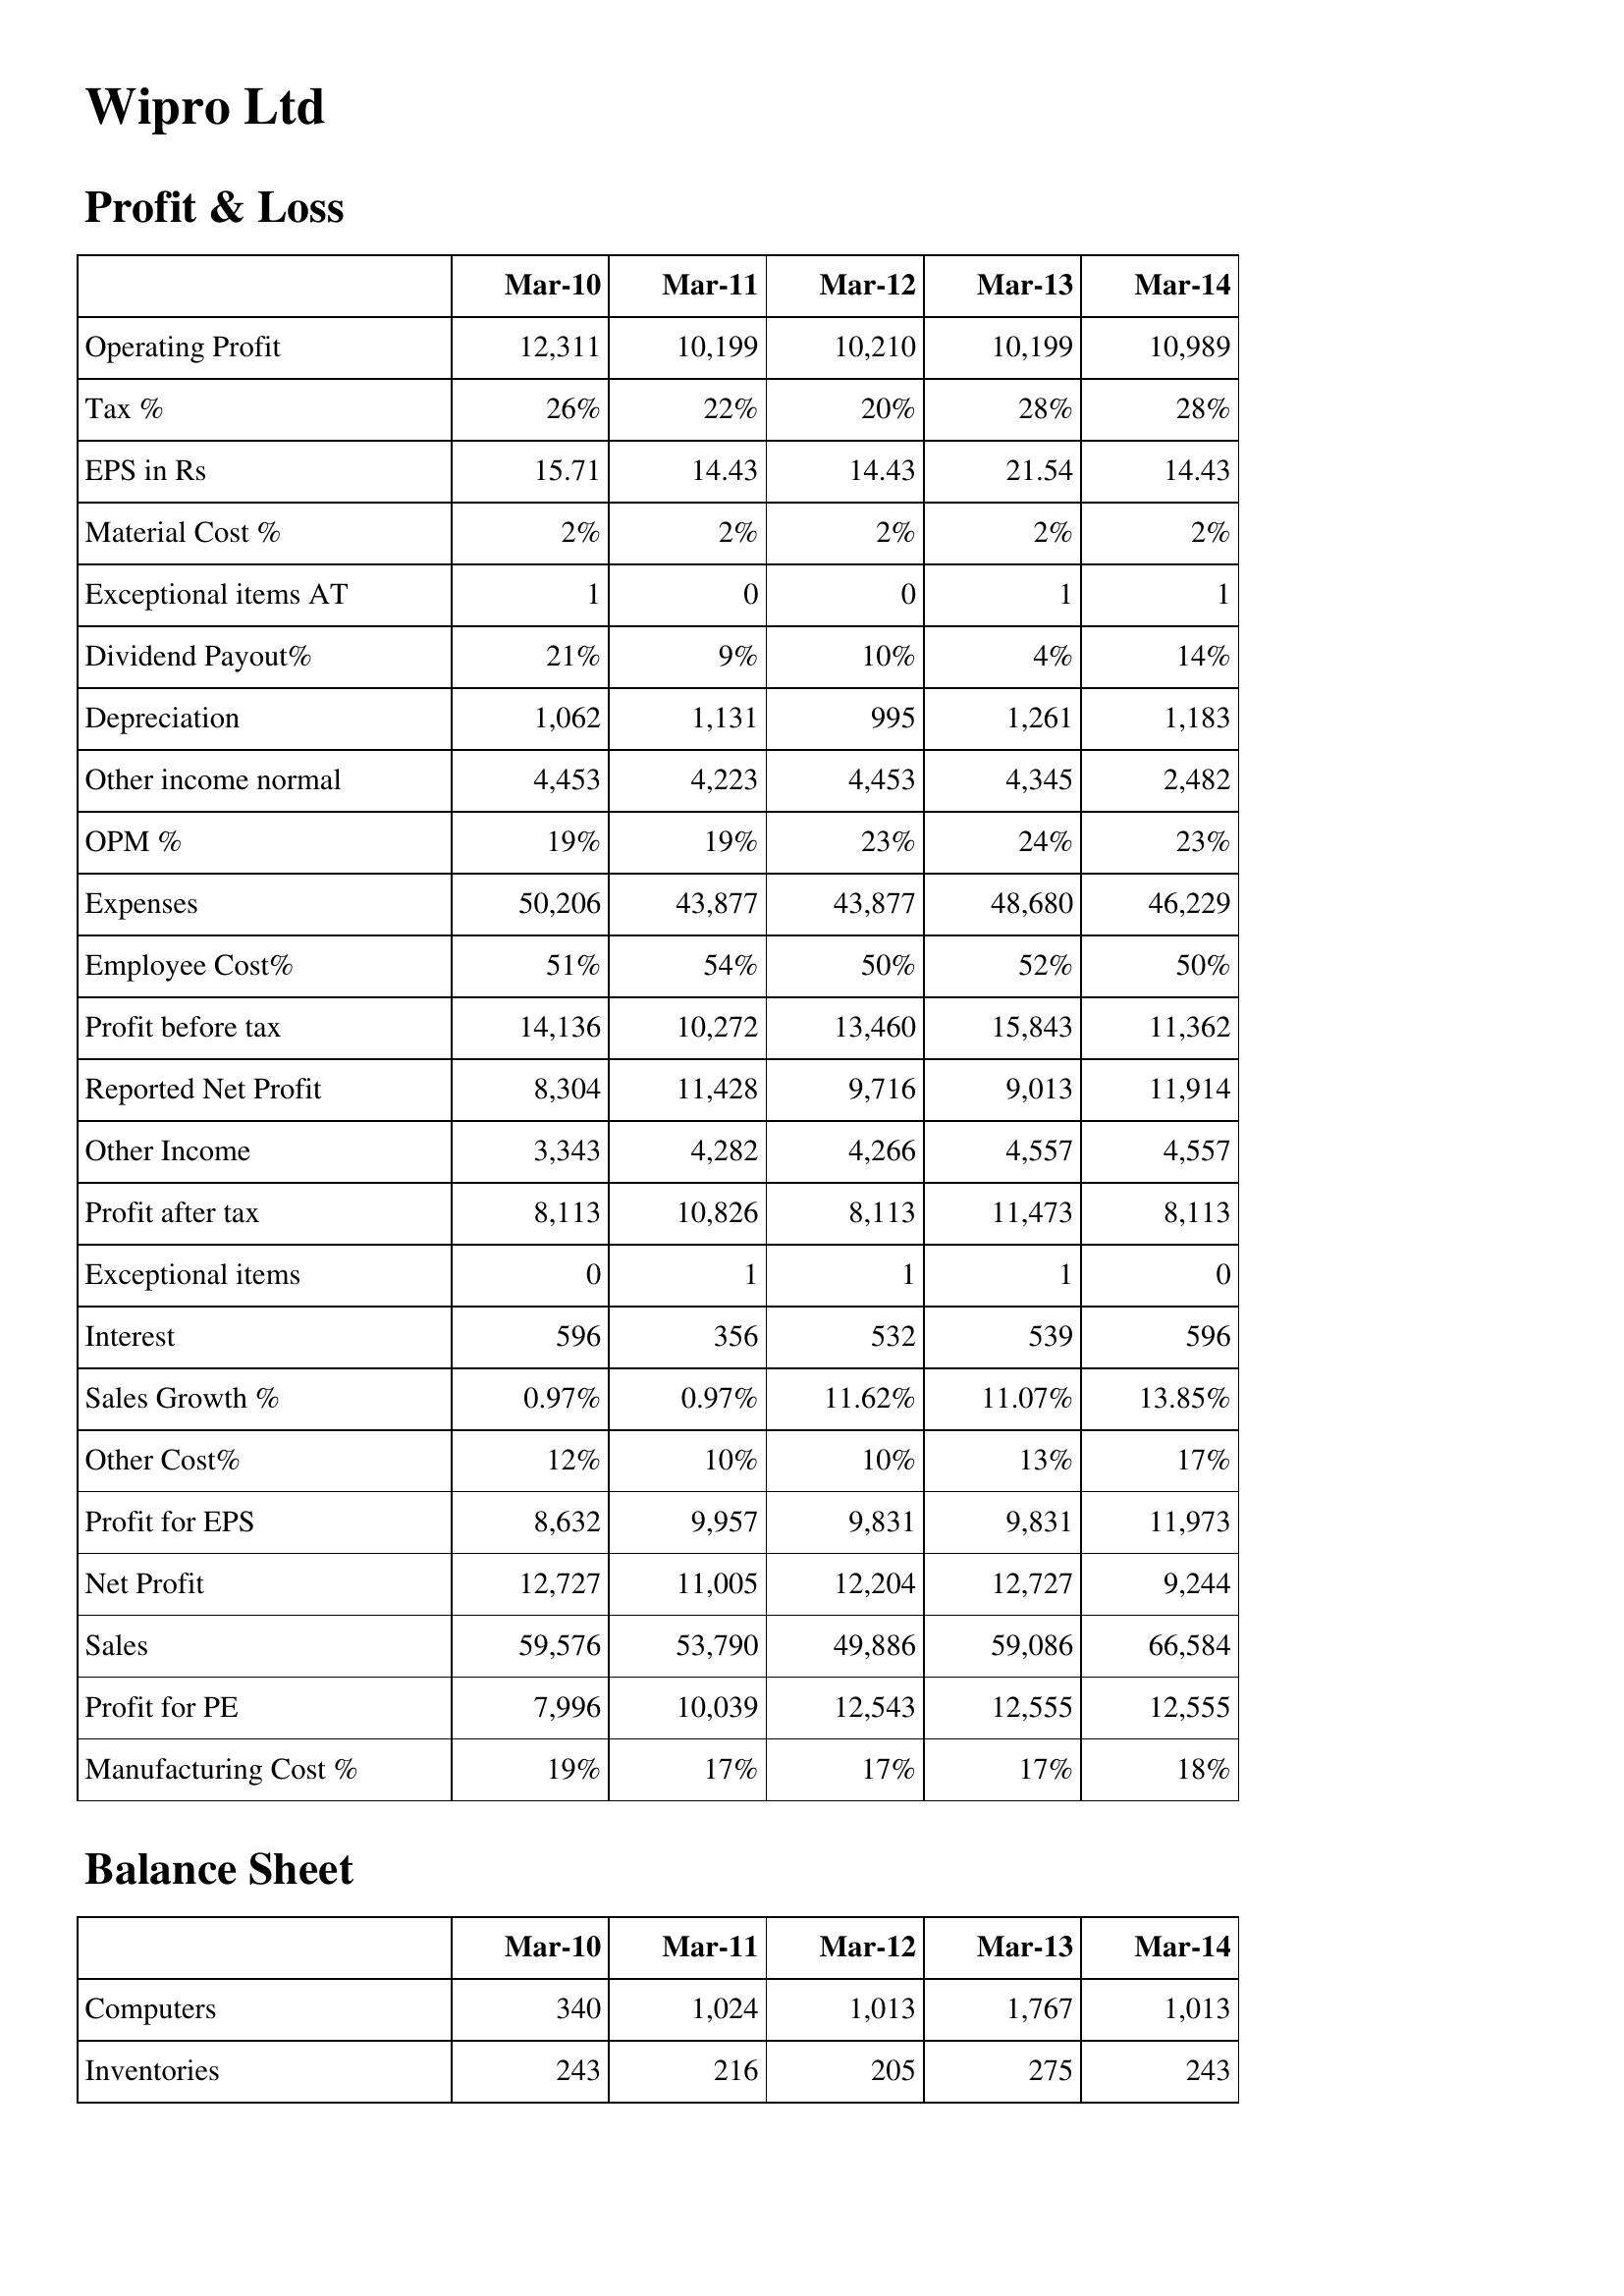
Mar-10: Profit & Loss: Operating Profit: 12,311
Tax %: 26%
EPS in Rs: 15.71
Material Cost %: 2%
Exceptional items AT: 1
Dividend Payout%: 21%
Depreciation: 1,062
Other income normal: 4,453
OPM %: 19%
Expenses: 50,206
Employee Cost%: 51%
Profit before tax: 14,136
Reported Net Profit: 8,304
Other Income: 3,343
Profit after tax: 8,113
Exceptional items: 0
Interest: 596
Sales Growth %: 0.97%
Other Cost%: 12%
Profit for EPS: 8,632
Net Profit: 12,727
Sales: 59,576
Profit for PE: 7,996
Manufacturing Cost %: 19%
Balance Sheet: Computers: 340
Inventories: 243
Mar-11: Profit & Loss: Operating Profit: 10,199
Tax %: 22%
EPS in Rs: 14.43
Material Cost %: 2%
Exceptional items AT: 0
Dividend Payout%: 9%
Depreciation: 1,131
Other income normal: 4,223
OPM %: 19%
Expenses: 43,877
Employee Cost%: 54%
Profit before tax: 10,272
Reported Net Profit: 11,428
Other Income: 4,282
Profit after tax: 10,826
Exceptional items: 1
Interest: 356
Sales Growth %: 0.97%
Other Cost%: 10%
Profit for EPS: 9,957
Net Profit: 11,005
Sales: 53,790
Profit for PE: 10,039
Manufacturing Cost %: 17%
Balance Sheet: Computers: 1,024
Inventories: 216
Mar-12: Profit & Loss: Operating Profit: 10,210
Tax %: 20%
EPS in Rs: 14.43
Material Cost %: 2%
Exceptional items AT: 0
Dividend Payout%: 10%
Depreciation: 995
Other income normal: 4,453
OPM %: 23%
Expenses: 43,877
Employee Cost%: 50%
Profit before tax: 13,460
Reported Net Profit: 9,716
Other Income: 4,266
Profit after tax: 8,113
Exceptional items: 1
Interest: 532
Sales Growth %: 11.62%
Other Cost%: 10%
Profit for EPS: 9,831
Net Profit: 12,204
Sales: 49,886
Profit for PE: 12,543
Manufacturing Cost %: 17%
Balance Sheet: Computers: 1,013
Inventories: 205
Mar-13: Profit & Loss: Operating Profit: 10,199
Tax %: 28%
EPS in Rs: 21.54
Material Cost %: 2%
Exceptional items AT: 1
Dividend Payout%: 4%
Depreciation: 1,261
Other income normal: 4,345
OPM %: 24%
Expenses: 48,680
Employee Cost%: 52%
Profit before tax: 15,843
Reported Net Profit: 9,013
Other Income: 4,557
Profit after tax: 11,473
Exceptional items: 1
Interest: 539
Sales Growth %: 11.07%
Other Cost%: 13%
Profit for EPS: 9,831
Net Profit: 12,727
Sales: 59,086
Profit for PE: 12,555
Manufacturing Cost %: 17%
Balance Sheet: Computers: 1,767
Inventories: 275
Mar-14: Profit & Loss: Operating Profit: 10,989
Tax %: 28%
EPS in Rs: 14.43
Material Cost %: 2%
Exceptional items AT: 1
Dividend Payout%: 14%
Depreciation: 1,183
Other income normal: 2,482
OPM %: 23%
Expenses: 46,229
Employee Cost%: 50%
Profit before tax: 11,362
Reported Net Profit: 11,914
Other Income: 4,557
Profit after tax: 8,113
Exceptional items: 0
Interest: 596
Sales Growth %: 13.85%
Other Cost%: 17%
Profit for EPS: 11,973
Net Profit: 9,244
Sales: 66,584
Profit for PE: 12,555
Manufacturing Cost %: 18%
Balance Sheet: Computers: 1,013
Inventories: 243